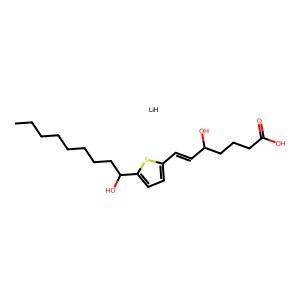
SMILES: CCCCCCCCC(O)c1ccc(C=CC(O)CCCC(=O)O)s1.[LiH]
Inhibits HIV replication: No